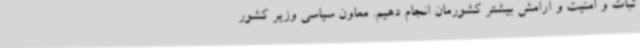
ثبات و امنیت و آرامش بیشتر کشورمان انجام دهیم. معاون سیاسی وزیر کشور